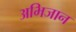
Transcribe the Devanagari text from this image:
अभिजान